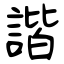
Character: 諧